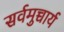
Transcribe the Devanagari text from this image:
सर्वमुच्चार्य